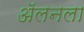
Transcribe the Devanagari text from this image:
अॅलनला